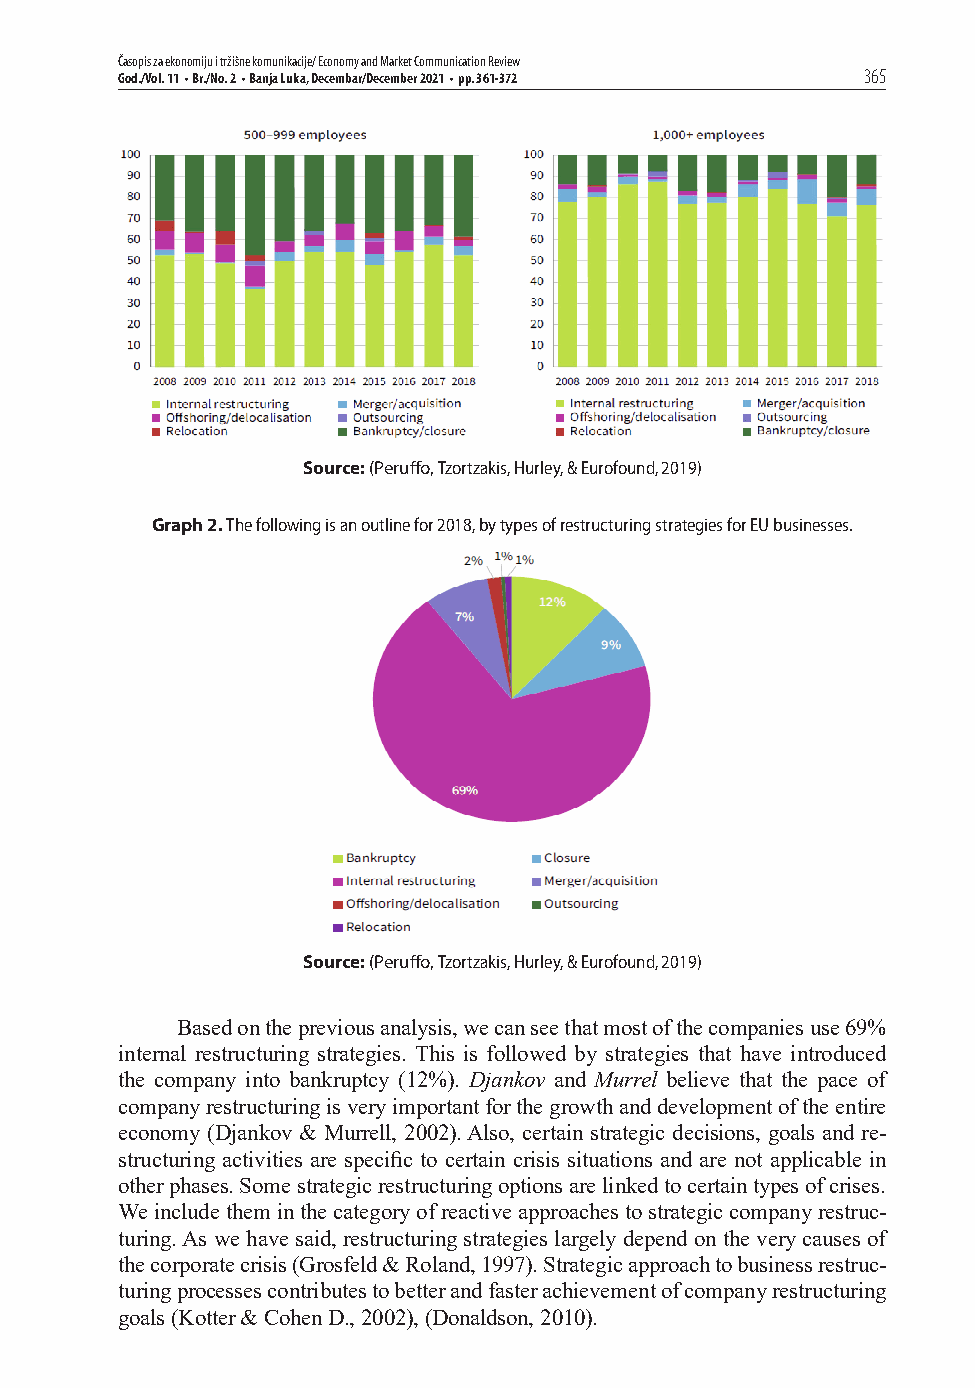
Časopis za ekonomiju i tržišne komunikacije/ Economy and Market Communication Review
 God./Vol. 11 • Br./No. 2 • Banja Luka, Decembar/December 2021 • pp. 361-372 365
 Source: (Peruff o, Tzortzakis, Hurley, & Eurofound, 2019)
 Graph 2. The following is an outline for 2018, by types of restructuring strategies for EU businesses.
 Source: (Peruff o, Tzortzakis, Hurley, & Eurofound, 2019)
 Based on the previous analysis, we can see that most of the companies use 69%
 internal restructuring strategies. This is followed by strategies that have introduced
 the company into bankruptcy (12%). Djankov and Murrel believe that the pace of
 company restructuring is very important for the growth and development of the entire
 economy (Djankov & Murrell, 2002). Also, certain strategic decisions, goals and re-
 structuring activities are specifi c to certain crisis situations and are not applicable in
 other phases. Some strategic restructuring options are linked to certain types of crises.
 We include them in the category of reactive approaches to strategic company restruc-
 turing. As we have said, restructuring strategies largely depend on the very causes of
 the corporate crisis (Grosfeld & Roland, 1997). Strategic approach to business restruc-
 turing processes contributes to better and faster achievement of company restructuring
 goals (Kotter & Cohen D., 2002), (Donaldson, 2010).